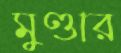
মুণ্ডার